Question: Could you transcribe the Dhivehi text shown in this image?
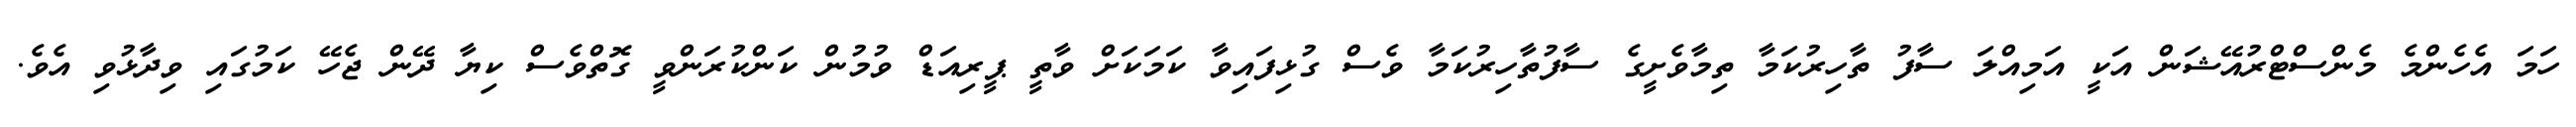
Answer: ހަމަ އެހެންމެ މެންސްޓްރުއޭޝަން އަކީ އަމިއްލަ ސާފު ތާހިރުކަމާ ތިމާވެށީގެ ސާފުތާހިރުކަމާ ވެސް ގުޅިފައިވާ ކަމަކަށް ވާތީ ޕީރިއަޑް ވުމުން ކަންކުރަންވީ ގޮތްވެސް ކިޔާ ދޭން ޖެހޭ ކަމުގައި ވިދާޅުވި އެވެ.